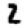
Digit: 2